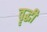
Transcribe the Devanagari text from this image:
वॄद्धी